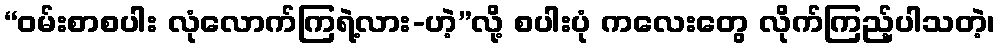
“ဝမ်းစာစပါး လုံလောက်ကြရဲ့လား-ဟဲ့”လို့ စပါးပုံ ကလေးတွေ လိုက်ကြည့်ပါသတဲ့၊